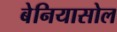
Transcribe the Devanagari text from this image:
बेनियासोल